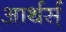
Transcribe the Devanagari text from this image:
आर्थर्स्